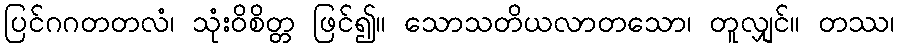
ပြင်ဂဂတတလံ၊ သုံးဝိစိတ္တ ဖြင်၍။ သောသတိယလာတသော၊ တူလျှင်။ တဿ၊